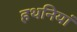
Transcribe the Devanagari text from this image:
हथनियां